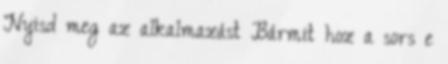
Nyisd meg az alkalmazást Bármit hoz a sors e